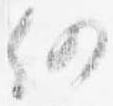
仍